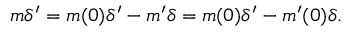
m \delta ^ { \prime } = m ( 0 ) \delta ^ { \prime } - m ^ { \prime } \delta = m ( 0 ) \delta ^ { \prime } - m ^ { \prime } ( 0 ) \delta .